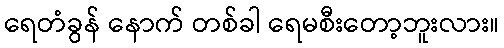
ရေတံခွန် နောက် တစ်ခါ ရေမစီးတော့ဘူးလား။